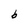
Character: b